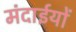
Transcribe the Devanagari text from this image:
मंदाईयों